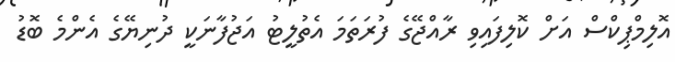
އޮލިމްޕިކްސް އަށް ކޮލިފައިވި ރާއްޖޭގެ ފުރަތަމަ އެތުލީޓު އަޖުފާނަކީ ދުނިޔޭގެ އެންމެ ބޮޑު